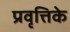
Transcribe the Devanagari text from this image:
प्रवृत्तिके